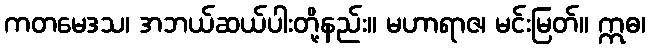
ကတမေဒသ၊ အဘယ်ဆယ်ပါးတို့နည်း။ မဟာရာဇ၊ မင်းမြတ်။ ဣဓ၊